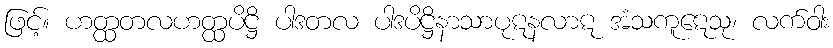
ဖြင့်။ ဟတ္ထတလဟတ္ထပိဋ္ဌိ ပါဒတလ ပါဒပိဋ္ဌိနာသာပုဋနလာဋ အံသကူဋေသု၊ လက်ဝါး